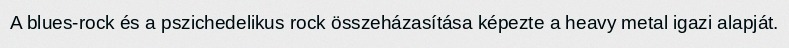
A blues-rock és a pszichedelikus rock összeházasítása képezte a heavy metal igazi alapját.